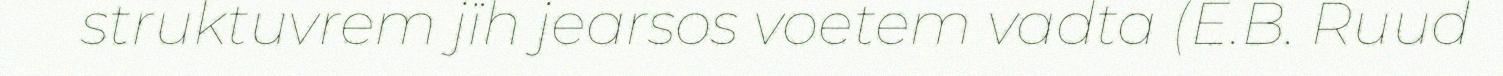
struktuvrem jïh jearsos voetem vadta (E.B. Ruud